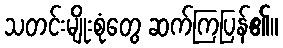
သတင်းမျိုးစုံတွေ ဆက်ကြပြန်၏။